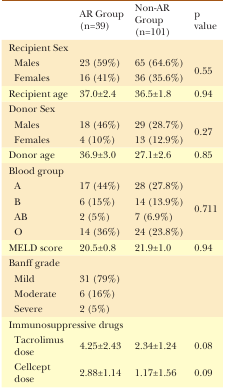
<table><thead><tr><td></td><td><b>AR Group(n=39)</b></td><td><b>Non-AR Group(n=101)</b></td><td><b>p value</b></td></tr></thead><tbody><tr><td colspan="4">Recipient Sex</td></tr><tr><td>Males</td><td>23 (59%)</td><td>65 (64.6%)</td><td rowspan="2">0.55</td></tr><tr><td>Females</td><td>16 (41%)</td><td>36 (35.6%)</td></tr><tr><td>Recipient age</td><td>37.0±2.4</td><td>36.5±1.8</td><td>0.94</td></tr><tr><td colspan="4">Donor Sex</td></tr><tr><td>Males</td><td>18 (46%)</td><td>29 (28.7%)</td><td rowspan="2">0.27</td></tr><tr><td>Females</td><td>4 (10%)</td><td>13 (12.9%)</td></tr><tr><td>Donor age</td><td>36.9±3.0</td><td>27.1±2.6</td><td>0.85</td></tr><tr><td colspan="4">Blood group</td></tr><tr><td>A</td><td>17 (44%)</td><td>28 (27.8%)</td><td rowspan="4">0.711</td></tr><tr><td>B</td><td>6 (15%)</td><td>14 (13.9%)</td></tr><tr><td>AB</td><td>2 (5%)</td><td>7 (6.9%)</td></tr><tr><td>O</td><td>14 (36%)</td><td>24 (23.8%)</td></tr><tr><td>MELD score</td><td>20.5±0.8</td><td>21.9±1.0</td><td>0.94</td></tr><tr><td colspan="4">Banff grade</td></tr><tr><td>Mild</td><td>31 (79%)</td><td></td><td></td></tr><tr><td>Moderate</td><td>6 (16%)</td><td></td><td></td></tr><tr><td>Severe</td><td>2 (5%)</td><td></td><td></td></tr><tr><td colspan="4">Immunosuppressive drugs</td></tr><tr><td>Tacrolimus dose </td><td>4.25±2.43</td><td>2.34±1.24</td><td>0.08</td></tr><tr><td>Cellcept dose</td><td>2.88±1.14</td><td>1.17±1.56</td><td>0.09</td></tr></tbody></table>